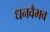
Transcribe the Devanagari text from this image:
धनवैभव